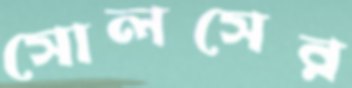
সোলসের